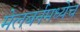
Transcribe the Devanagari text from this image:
मेलबर्नमध्येच